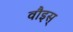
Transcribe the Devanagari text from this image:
वौइस्